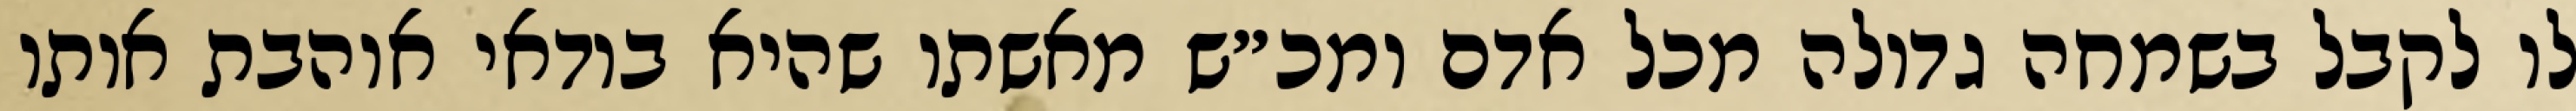
לו לקבל בשמחה גדולה מכל אדם ומכ״ש מאשתו שהיא בודאי אוהבת אותו